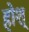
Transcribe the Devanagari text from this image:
होश्